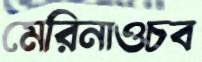
মেরিনাওচব